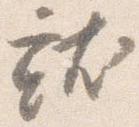
就